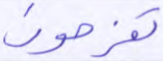
تفرحون